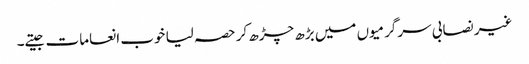
غیر نصابی سرگرمیوں میں بڑھ چڑھ کر حصہ لیا خوب انعامات جیتے۔